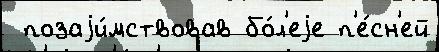
 позаjи́мствовав бо́л'еjе п'е́сн'ей